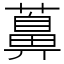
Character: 䕗